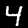
Label: 4